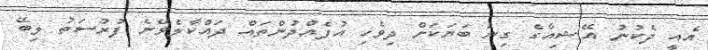
އެއީ ދެކުނު އޭޝިއާގެ ގިނަ ބަޔަކަށް ދިވެހި އުފެއްދުންތައް ދައްކާލެވޭނެ ފުރުސަތު ލިބޭ